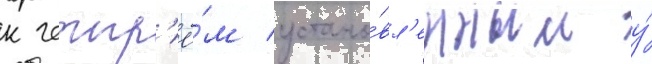
к четыр'ё́м устано́вл'енным у́